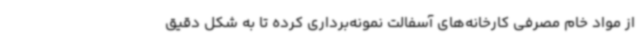
از مواد خام مصرفی کارخانه‌های آسفالت نمونه‌برداری کرده تا به شکل دقیق